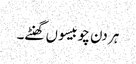
ہر دن چوبیسو ں گھنٹے۔